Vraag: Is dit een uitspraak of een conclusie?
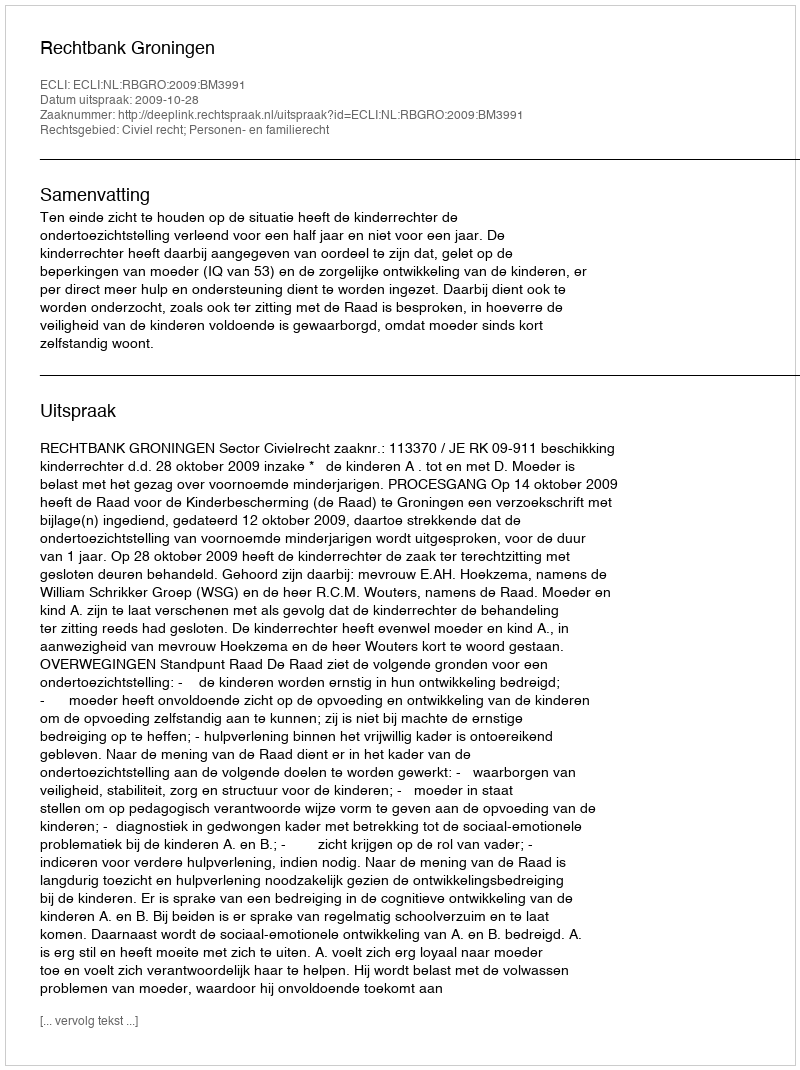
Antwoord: Uitspraak